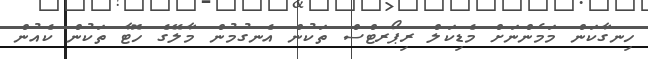
ހިނގާކަން މަމެންނަށް މެޑިކަލް ރިޕޯރޓްސް ތަކުން އެނގުމުން މާލޭގެ ހޮޓާ ތަަކުން ކެއުން